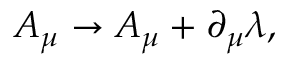
A _ { \mu } \rightarrow A _ { \mu } + \partial _ { \mu } \lambda ,